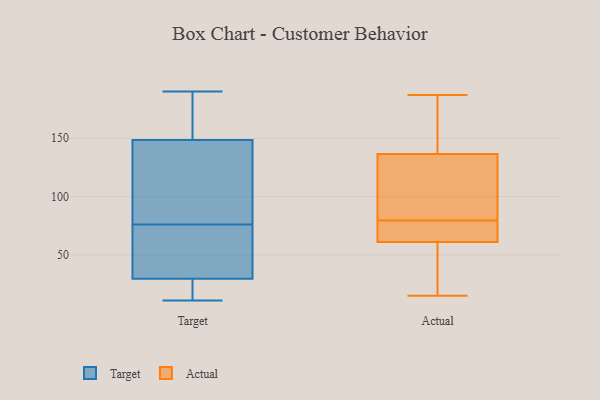
{"axis": {"x": "Tickets Resolved", "y": "Value"}, "legend": ["Actual", "Target"], "data": [{"x": "", "y": 118, "type": "Target"}, {"x": "", "y": 81, "type": "Target"}, {"x": "", "y": 128, "type": "Target"}, {"x": "", "y": 50, "type": "Target"}, {"x": "", "y": 19, "type": "Target"}, {"x": "", "y": 190, "type": "Target"}, {"x": "", "y": 169, "type": "Target"}, {"x": "", "y": 18, "type": "Target"}, {"x": "", "y": 14, "type": "Target"}, {"x": "", "y": 53, "type": "Target"}, {"x": "", "y": 11, "type": "Target"}, {"x": "", "y": 118, "type": "Target"}, {"x": "", "y": 71, "type": "Target"}, {"x": "", "y": 40, "type": "Target"}, {"x": "", "y": 189, "type": "Target"}, {"x": "", "y": 187, "type": "Target"}, {"x": "", "y": 166, "type": "Actual"}, {"x": "", "y": 187, "type": "Actual"}, {"x": "", "y": 55, "type": "Actual"}, {"x": "", "y": 68, "type": "Actual"}, {"x": "", "y": 167, "type": "Actual"}, {"x": "", "y": 25, "type": "Actual"}, {"x": "", "y": 20, "type": "Actual"}, {"x": "", "y": 96, "type": "Actual"}, {"x": "", "y": 70, "type": "Actual"}, {"x": "", "y": 87, "type": "Actual"}, {"x": "", "y": 59, "type": "Actual"}, {"x": "", "y": 63, "type": "Actual"}, {"x": "", "y": 139, "type": "Actual"}, {"x": "", "y": 67, "type": "Actual"}, {"x": "", "y": 136, "type": "Actual"}, {"x": "", "y": 15, "type": "Actual"}, {"x": "", "y": 109, "type": "Actual"}, {"x": "", "y": 72, "type": "Actual"}, {"x": "", "y": 92, "type": "Actual"}, {"x": "", "y": 137, "type": "Actual"}]}